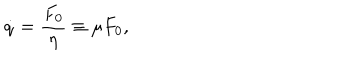
LaTeX: \dot { q } = \frac { F _ { 0 } } { \eta } \equiv \mu { F _ { 0 } } ,